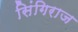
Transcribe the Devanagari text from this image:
सिंगिराज